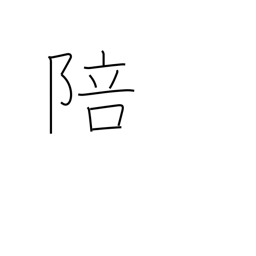
Meaning: obeisance